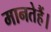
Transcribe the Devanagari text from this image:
मानतेहैं।